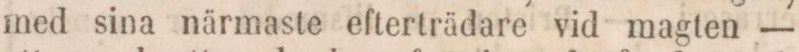
med sina närmaste efterträdare vid magten —